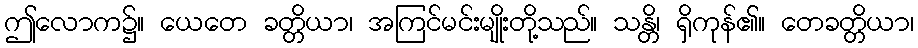
ဤလောက၌။ ယေတေ ခတ္တိယာ၊ အကြင်မင်းမျိုးတို့သည်။ သန္တိ၊ ရှိကုန်၏။ တေခတ္တိယာ၊